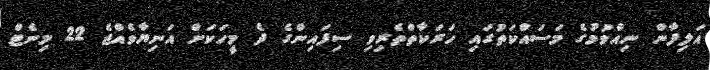
އަލިފާން ނިއްވުމުގެ މަސައްކަތުގައި ހަރަކާތްތެރިވި ސިފައިންގެ ދެ މީހަކަށް އަނިޔާވެއްޖެ 22 މިނެޓް